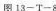
图13——T——8